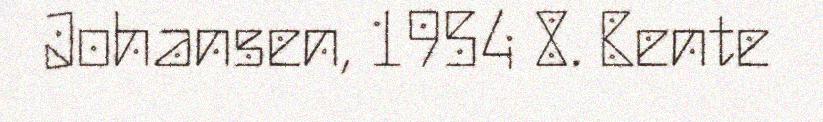
Johansen, 1954 8. Bente